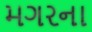
મગરના